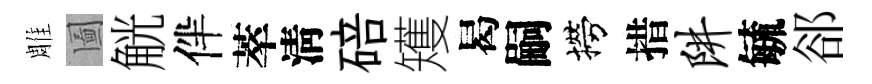
雕圗觥伴萃淸碚矱曷嗣撈措阱毓郤